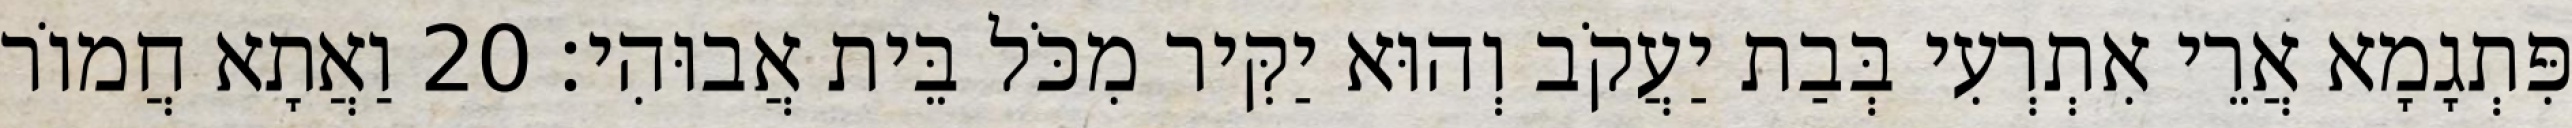
פִּתְגָמָא אֲרֵי אִתְרְעִי בְּבַת יַעֲקֹב וְהוּא יַקִּיר מִכֹּל בֵּית אֲבוּהִי׃ 20 וַאֲתָא חֲמוֹר